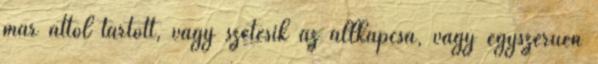
már attól tartott, vagy szétesik az állkapcsa, vagy egyszerűen